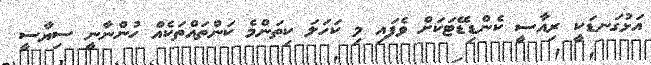
އަޅުގަނޑަކީ ރިއާސީ ކެންޑިޑޭޓަކަށް ވެފައި މި ކަހަލަ ކިތަންމެ ކަންތައްތަކެއް ހުންނާނީ ސިޔާސީ